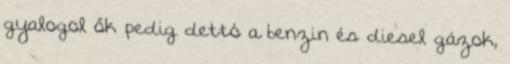
gyalogol ők pedig dettó a benzin és diesel gázok,